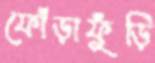
ফোঁড়াফুঁড়ি